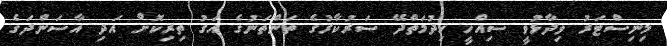
މިނިސްޓަރު ވިދާޅުވީ ސިއްހީ ހިދުމަތްދޭ ސަރުކާރުގެ ތަންތަނުގެ އަގު ތިރިކޮށް އަދި އާސަންދަގެ